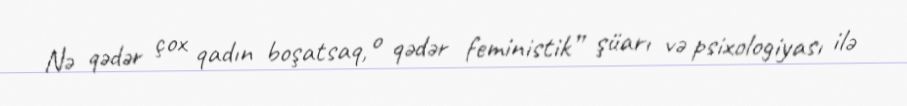
Nə qədər çox qadın boşatsaq, o qədər feministik” şüarı və psixologiyası ilə